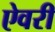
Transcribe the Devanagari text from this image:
ऐवरी